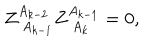
Z _ { \; A _ { k - 1 } } ^ { A _ { k - 2 } } Z _ { \; A _ { k } } ^ { A _ { k - 1 } } = 0 ,